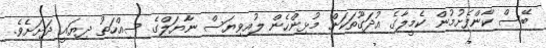
ބޭސް ކާންފެށުމުން ކެމީލާގެ އުދަގޫތަކަށް މުޅިންހެން ލުއިވިޔަސް ނާޔަލްގެ ސިއްހަތު ދިޔައީ ދަށަށެވެ.